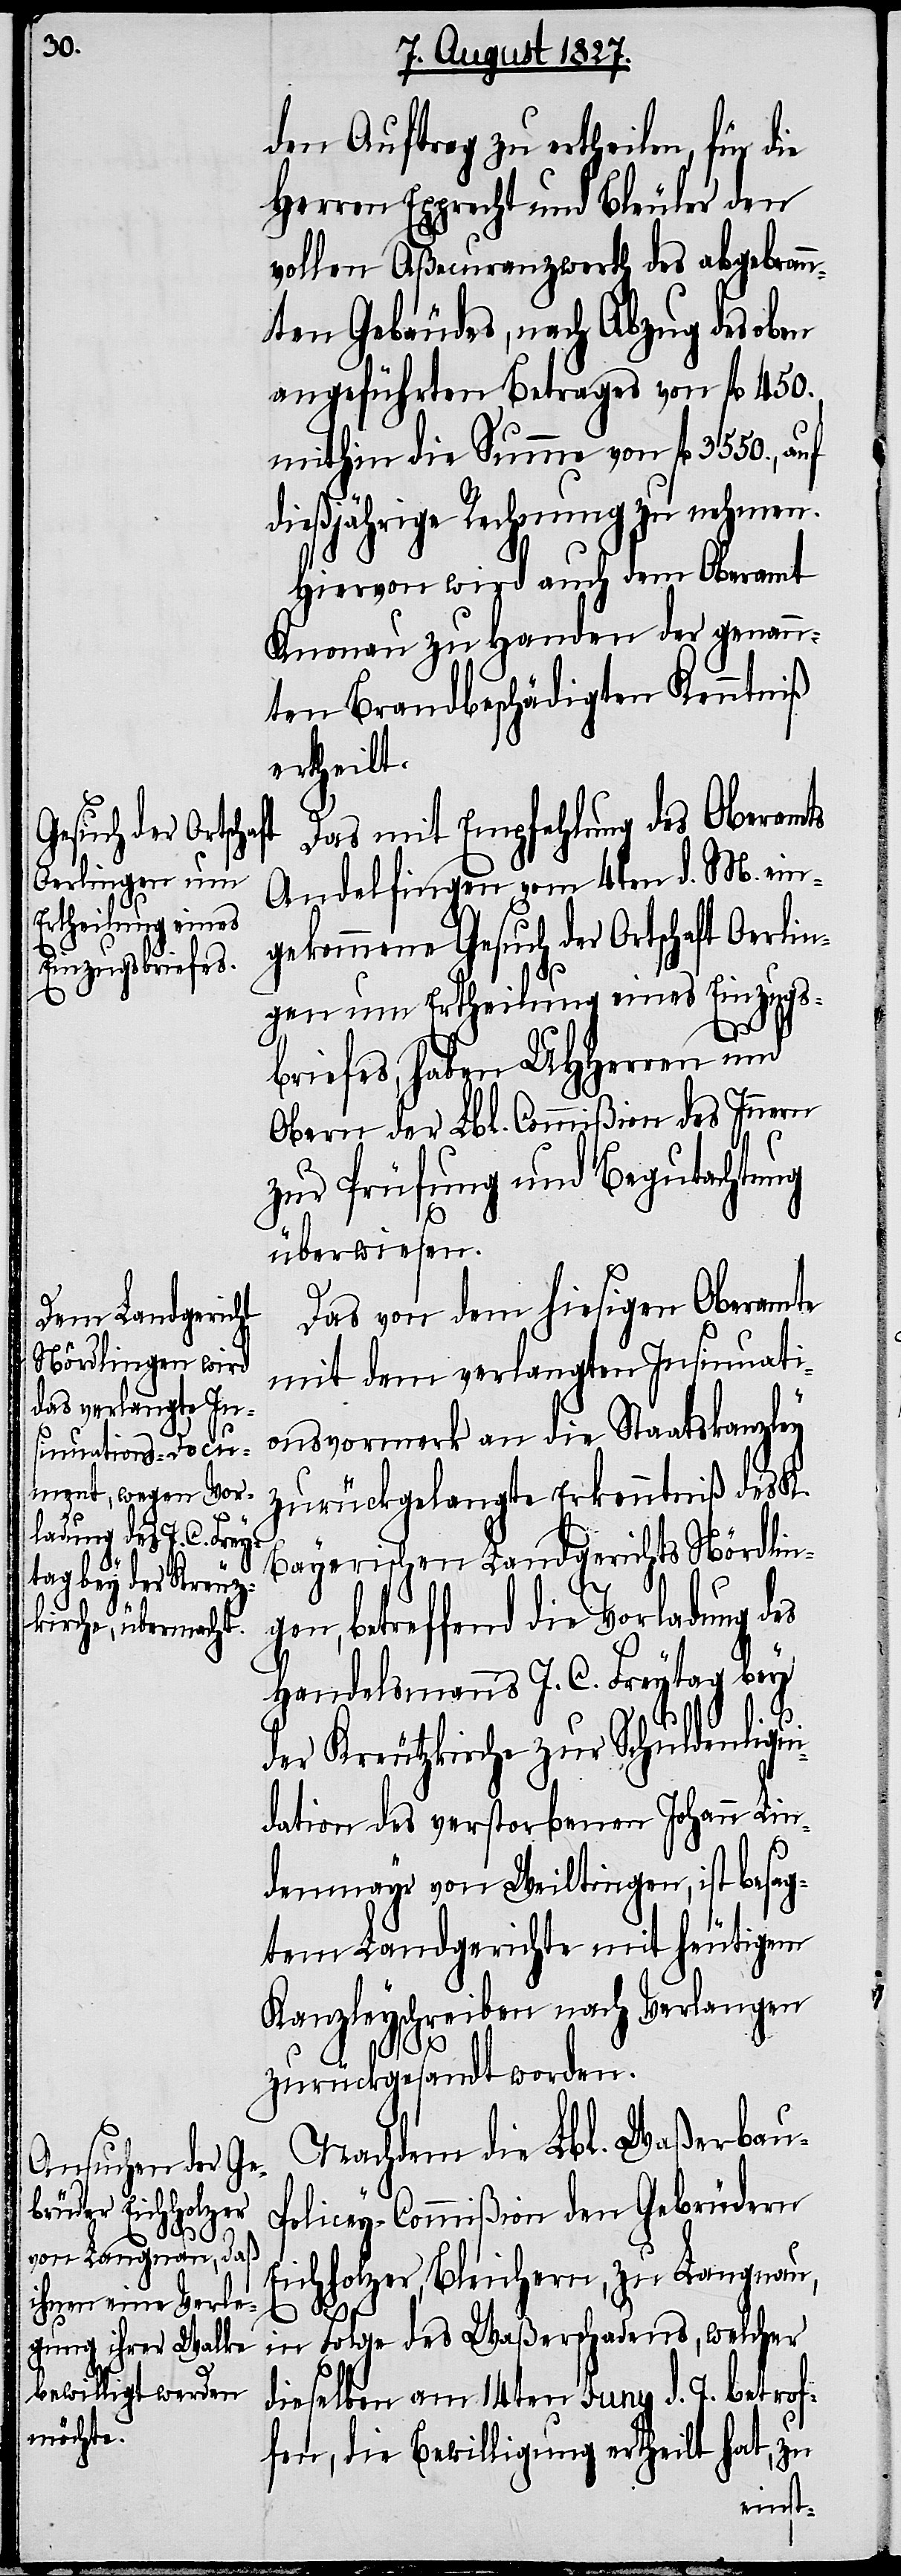
den Auftrag zu ertheilen, für die
Herren Epprecht und Bleuler den
vollen Aßecuranzwerth des abgebrann¬
ten Gebäudes, nach Abzug des oben
angeführten Betrages von fl. 450.
mithin die Summe von fl. 3550.,
dießjährige Rechnung zu nehmen.
Hiervon wird auch dem Oberamt
Knonau zu Handen der genann¬
ten Brandbeschädigten Kenntniß
ertheilt.
Das mit Empfehlung des Oberamtes
Andelfingen vom 4ten d. M. ein¬
gekommene Gesuch der Ortschaft Oerlin¬
gen um Ertheilung eines Einzugs¬
briefes, haben UHHerren und
Obern der Lbl. Commißion des Innern
zur Prüfung und Begutachtung
überwiesen.
Das von dem hiesigen Oberamte
mit dem verlangten Insinuati¬
onsvormerk an die Staatskanzley
zurückgelangte Erkenntniß des L.
Bayerischen Landgerichts Nördlin¬
betreffend die Vorladung
Handelsmanns J. C. Freytag bey
der Kreutzkirche zur Schuldenliqui¬
dation des verstorbenen Johann Lin¬
denmayr von Wiltingen, ist besag¬
tem Landgerichte mit heutigem
Kanzleyschreiben nach Verlangen
zurückgesandt worden.
Nachdem die Lbl. Waßerbau-P¬
olicey-Commißion den Gebrüdern
Eichholzer, Bleichern, zu Langnau,
in Folge des Waßerschadens, welcher
dieselben am 14ten Juny d. J. betrof¬
fen, die Bewilligung ertheilt hat, zu
gen,